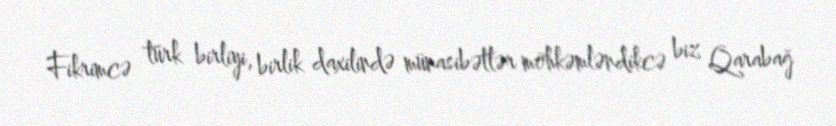
Fikrimcə türk birliyi, birlik daxilində münasibətlər möhkəmləndikcə biz Qarabağ